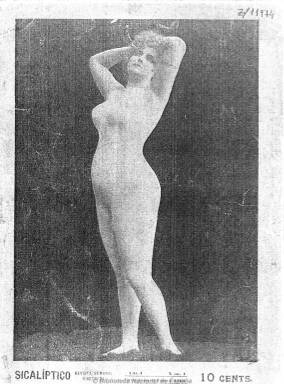
Título: Sicalíptico (Barcelona)
Colección: Revistas licenciosas
Ámbito geográfico: Barcelona
Lugar de publicación: Barcelona
Fechas: 09/01/1904-31/12/1904

Publicación que adopta como título un adjetivo que durante el primer tercio de siglo va a determinar una literatura menor y forma de entender la vida entre lo erótico y lo picaresco, además de lo libidinoso y hasta pornográfico, y que fue fuertemente criticada por la publicística ultracatólica. Como “revista semanal ilustrada”, que aparece en entregas de dieciséis páginas a partir del nueve de enero de 1904, tendrá como protagonista la fotografía del desnudo femenino, aunque no integral, pero sus páginas no darán cuenta de la actualidad, a excepción de algunas críticas teatrales, tal como sí lo venía haciendo La vida galante (1898-1905), que había fundado Eduardo Zamacois en la misma ciudad condal.

Inserta también dibujos, tiras cómicas, historietas fotográficas y reproducciones de obras pictóricas que tienen el desnudo femenino como figura central. Junto a las ilustraciones de cuerpos ligeros de ropa, en posturas procaces o en escenas de costumbres relajadas de artistas, cantantes, bailarinas o simplemente mujeres que explotan su sensualidad, publica textos de carácter narrativo, como sainetes con tono burlesco, picante o galante, y en verso (coplillas, epigramas, etc.).

Alejandro Pita, Arturo Reina, José Pastor Rubira, Luis de Atienza, Federico Trujillo, Miguel Toledano, Antonio Palomero, Enrique García Molina y hasta Juan Pérez Zúñiga serán los autores de unos textos en donde se desmitifica la institución matrimonial y la vida amorosa, que conforman un género literario que tendrá como máximo exponente a El cuento semanal, del ya citado Zamacois.

La revista editó algunos números extraordinarios en donde utilizó el color en las cubiertas, en las que siempre diluye el desnudo al ir la protagonista enfundada en malla que siluetea su cuerpo, reproduciendo las obras pictóricas generalmente en las páginas centrales o como láminas. La colección de la Biblioteca Nacional consta de 54 números, hasta el 31 de diciembre de 1904. Otras colecciones contienen el tomo de 1905, hasta el número 104.